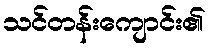
သင်တန်းကျောင်း၏